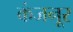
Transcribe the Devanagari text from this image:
कंजनूर